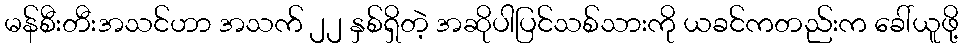
မန်စီးတီးအသင်ဟာ အသက် ၂၂ နှစ်ရှိတဲ့ အဆိုပါပြင်သစ်သားကို ယခင်ကတည်းက ခေါ်ယူဖို့